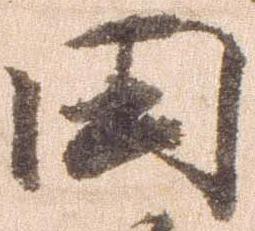
田